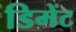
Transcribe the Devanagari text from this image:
डिमेंट